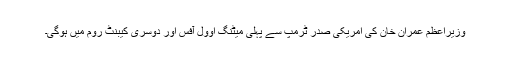
وزیراعظم عمران خان کی امریکی صدر ٹرمپ سے پہلی میٹنگ اوول آفس اور دوسری کیبنٹ روم میں ہوگی۔